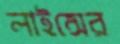
লাইন্সের